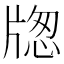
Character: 牎